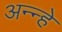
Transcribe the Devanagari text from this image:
अन्न्हे